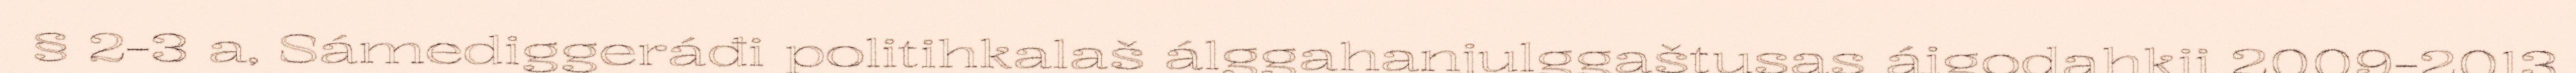
§ 2-3 a, Sámediggeráđi politihkalaš álggahanjulggaštusas áigodahkii 2009-2013